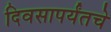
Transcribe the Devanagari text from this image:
दिवसापर्यंतचे